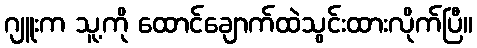
ဂျူးက သူ့ကို ထောင်ချောက်ထဲသွင်းထားလိုက်ပြီ။